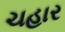
ચહાર